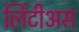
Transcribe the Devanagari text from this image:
लिंटीअस